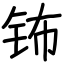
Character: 钸